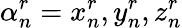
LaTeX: \alpha_{n}^{r}={x_{n}^{r},y_{n}^{r},z_{n}^{r}}